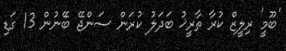
'ބޫމީ' ރިލީޒް ކުރާ ތާރީޚު ބަދަލު ކުރަން ސަންޖޭ ބޭނުން 13 ގަޑި